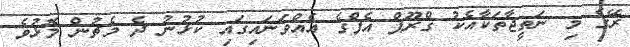
ރޭގެ މި ނަތީޖާތަކާއެކު ގްރޫޕް އެފްގެ އެއްވަނައިގައި ކުޅުނު ދެ މެޗުން މޮޅުވެ